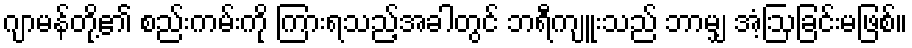
ဂျာမန်တို့၏ စည်းကမ်းကို ကြားရသည့်အခါတွင် ဘရီကျူးသည် ဘာမျှ အံ့ဩခြင်းမဖြစ်။